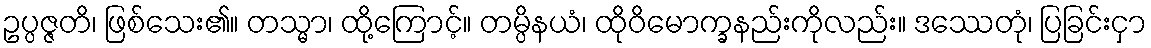
ဥပ္ပဇ္ဇတိ၊ ဖြစ်သေး၏။ တသ္မာ၊ ထို့ကြောင့်။ တမ္ပိနယံ၊ ထိုဝိမောက္ခနည်းကိုလည်း။ ဒဿေတုံ၊ ပြခြင်းငှာ